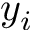
y _ { i }